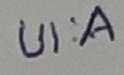
Text: UI:A